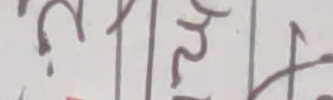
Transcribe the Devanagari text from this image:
चाईदा